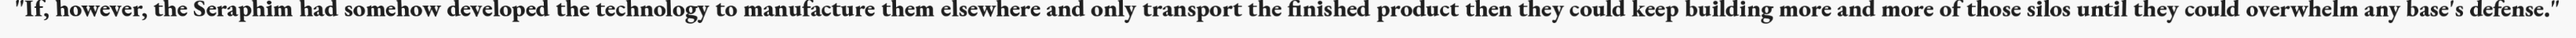
"If, however, the Seraphim had somehow developed the technology to manufacture them elsewhere and only transport the finished product then they could keep building more and more of those silos until they could overwhelm any base's defense."